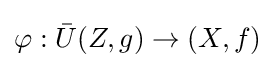
\varphi :{\bar {U}}(Z,g)\to (X,f)